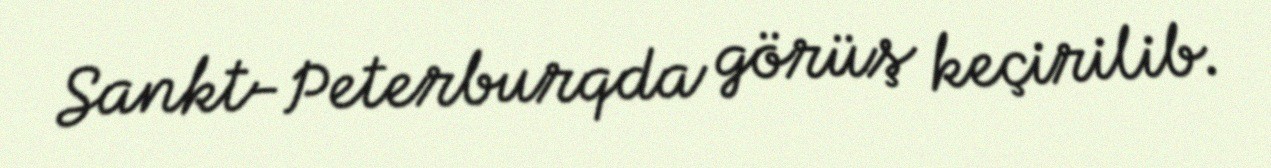
Sankt-Peterburqda görüş keçirilib.